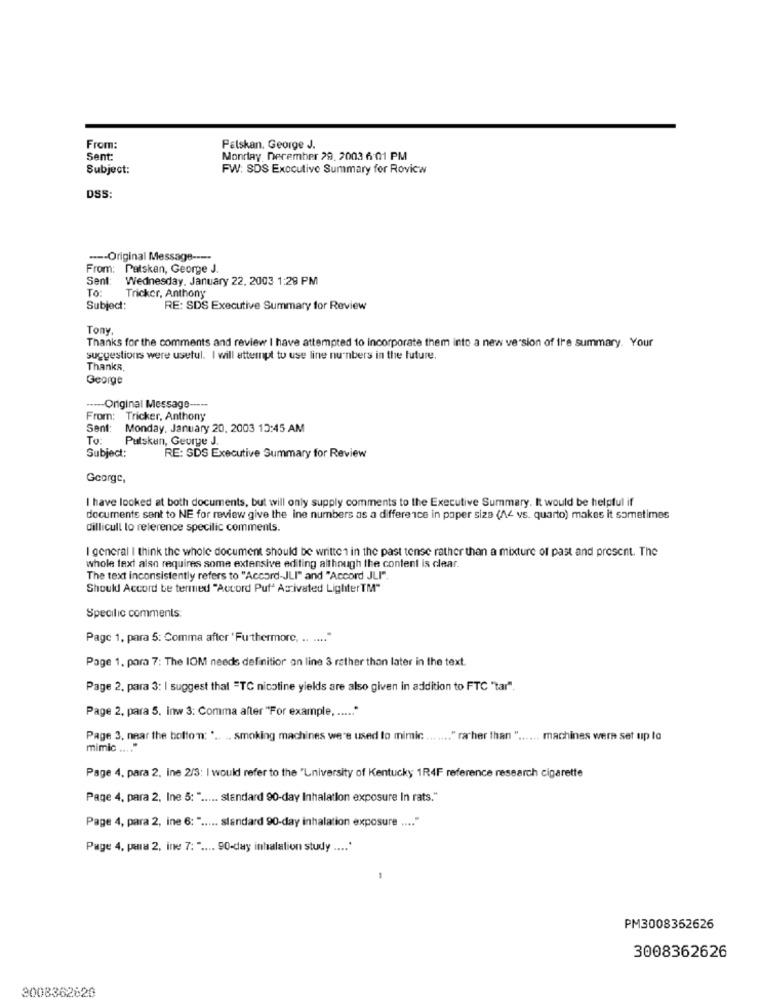
From:
Palskan, George J.
Sent:
Monday December 29, 2003 6:01 PM
Subject:
FW: SDS Executive Summary for Rovicw
DSS:
---- Original Message ----
From: Patskan, George J.
Sent:
Wednesday, January 22, 2003 1:29 PM
To:
Tricker, Anthony
Subject:
RE: SDS Executive Summary for Review
Tonv.
Thanks for the comments and review I have attempted to incorporate them into a new version of the summary. Your
suggestions were useful. I will attempt to use line numbers in the future.
Thanks,
George
----- Original Message -----
From: Tricker, Anthony
Sent:
Monday, January 20, 2003 13:45 AM
To:
Putskan, George J.
Subject:
RE: SDS Executive Summary for Review
George,
I have looked at both documents, but will only supply comments to the Executive Summary. It would be helpful if
documents sent to NE for review give the ine numbers as a difference in paper size (A4 vs. quarto) makes it sometimes
dillicull lo reference specilic comments.
I general I think the whole document should be written in the past tense rather than a mixture of past and present. The
whole text also requires some extensive editing although the content is clear.
The text inconsistently refers to "Accord-JLI" and "Accord JLI".
Should Accord be termed "Accord Puf" Activated LighterTM"
Specilic comments:
Page 1, para 5: Comma after 'Furthermore, .. .... "
Page 1. para 7: The IOM needs definitior on line 3 rather than later in the text.
Page 2, para 3: I suggest that =TC nicotine yields are also given in addition to FTC "tar".
Page 2, para 5. inw 3: Comma after "For example. ..... "
Page 3, near the bottom: " .. .. smoking machines were used to mimic ....... " rather than " ...... machines wera set up to
mimic .... "
Page 4. para 2. ine 2/3: I would refer to the "University of Kentucky 1R4F reference research cigarette
Page 4, para 2. Ine 5: " ..... standard 90-day Inhalation exposure In rats."
Page 4, para 2, ine 6: " ..... standard 90-day inhalation exposure .... "
Page 4, para 2, ine 7: " .... 90-day inhalation study .... '
PM3008352626
3008362626
3008362820